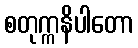
စတုက္ကနိပါတော